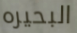
البحيره